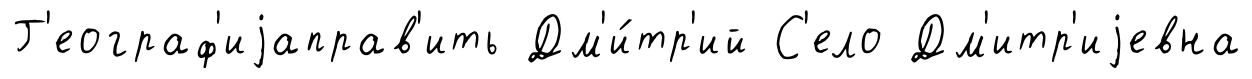
Г'еограф'иjаправ'ить Дм'и́тр'ий С'ело Дм'итр'иjевна